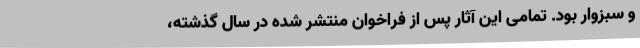
و سبزوار بود. تمامی این آثار پس از فراخوان منتشر شده در سال گذشته،